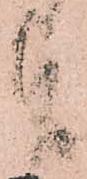
旨